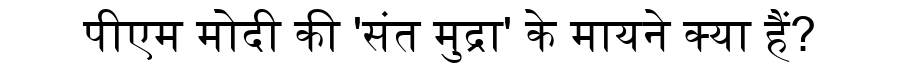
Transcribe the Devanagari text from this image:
पीएम मोदी की 'संत मुद्रा' के मायने क्या हैं?